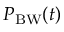
P _ { \mathrm { B W } } ( t )